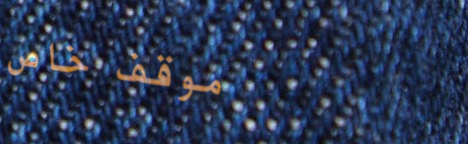
موقف خاص